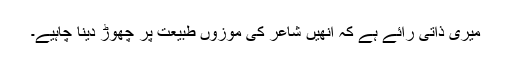
میری ذاتی رائے ہے کہ انھیں شاعر کی موزوں طبیعت پر چھوڑ دینا چاہیے۔